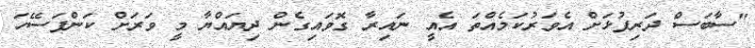
"ސާބަސް ދަރިފުޅަށް އެވަރުކަމެއްތަ އެއީ ނައިރާ ގޮވައިގެން ދިޔައްޔާ މީ ވަރަށް ކަންފަސޭހަ